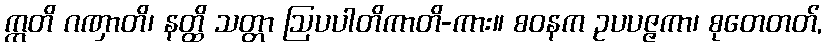
ဣတိ ဂဏှာတိ၊ နတ္ထိ သတ္တာ ဩပပါတိကာတိ-ကား။ စဝနက ဥပပဇ္ဇကာ၊ စုတေတတ်,